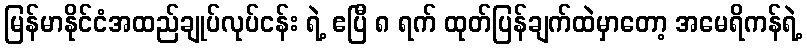
မြန်မာနိုင်ငံအထည်ချုပ်လုပ်ငန်း ရဲ့ ဧပြီ ၈ ရက် ထုတ်ပြန်ချက်ထဲမှာတော့ အမေရိကန်ရဲ့